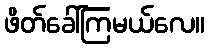
ဖိတ်ခေါ်ကြမယ်လေ။